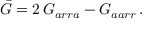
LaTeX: { \bar { G } } = 2 \, G _ { a r r a } - G _ { a a r r } \, .